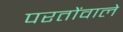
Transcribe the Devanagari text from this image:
परतोंवाले